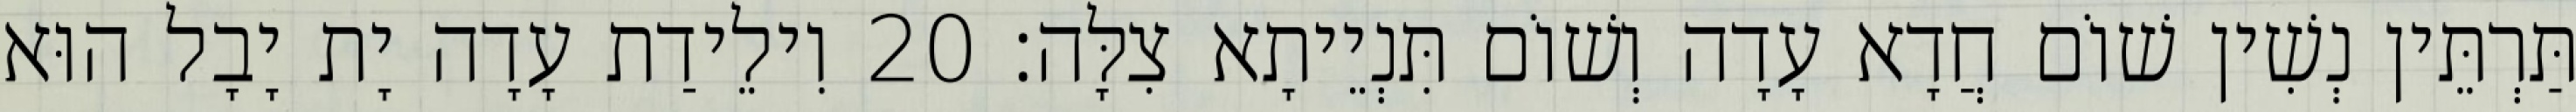
תַּרְתֵּין נְשִׁין שׁוֹם חֲדָא עָדָה וְשׁוֹם תִּנְיֵיתָא צִלָּה׃ 20 וִילֵידַת עָדָה יָת יָבָל הוּא